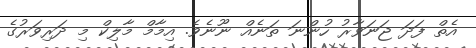
އެތް ފަދަ ޖަނަވާރު ހުންނަ ތަނެއް ނޫނެވެ. އިމާމް މާލިކް މި ދަރިވަރުގެ